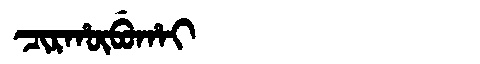
Manchu: ᠴᡳᡵᡥᡡᠪᡠᡥᠠᡳ
Romanization: CIRHŪBUHAI